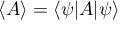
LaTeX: \langle A \rangle = \langle \psi | A | \psi \rangle